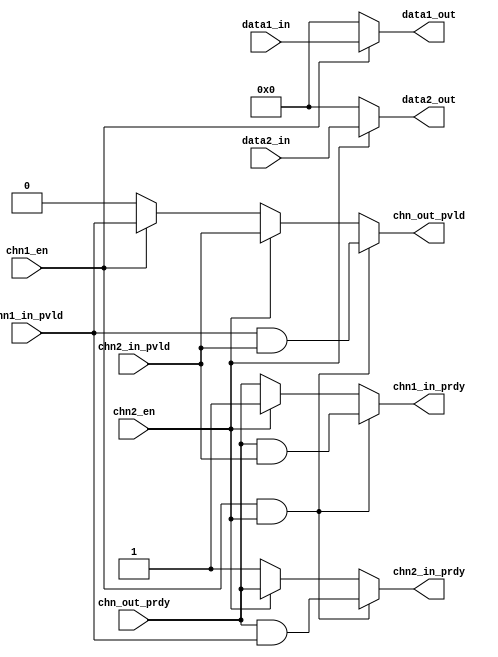
// ================================================================
// NVDLA Open Source Project
//
// Copyright(c) 2016 - 2017 NVIDIA Corporation. Licensed under the
// NVDLA Open Hardware License; Check "LICENSE" which comes with
// this distribution for more information.
// ================================================================
module NV_NVDLA_SDP_HLS_sync2data (
   chn1_en
  ,chn1_in_pvld
  ,chn2_en
  ,chn2_in_pvld
  ,chn_out_prdy
  ,data1_in
  ,data2_in
  ,chn1_in_prdy
  ,chn2_in_prdy
  ,chn_out_pvld
  ,data1_out
  ,data2_out
  );
parameter DATA1_WIDTH = 32;
parameter DATA2_WIDTH = 32;
input chn1_en;
input chn2_en;
input chn1_in_pvld;
output chn1_in_prdy;
input chn2_in_pvld;
output chn2_in_prdy;
output chn_out_pvld;
input chn_out_prdy;
input [DATA1_WIDTH-1:0] data1_in;
input [DATA2_WIDTH-1:0] data2_in;
output [DATA1_WIDTH-1:0] data1_out;
output [DATA2_WIDTH-1:0] data2_out;
// synoff nets
// monitor nets
// debug nets
// tie high nets
// tie low nets
// no connect nets
// not all bits used nets
// todo nets
assign chn_out_pvld = chn1_en & chn2_en ? chn1_in_pvld & chn2_in_pvld : chn2_en ? chn2_in_pvld : chn1_en ? chn1_in_pvld : 1'b0;
assign chn1_in_prdy = chn1_en & chn2_en ? chn_out_prdy & chn2_in_pvld : chn2_en ? 1'b1 : chn_out_prdy ;
assign chn2_in_prdy = chn1_en & chn2_en ? chn_out_prdy & chn1_in_pvld : chn2_en ? chn_out_prdy : 1'b1 ;
assign data1_out[DATA1_WIDTH-1:0] = chn1_en ? data1_in[DATA1_WIDTH-1:0] : {DATA1_WIDTH{1'b0}};
assign data2_out[DATA2_WIDTH-1:0] = chn2_en ? data2_in[DATA2_WIDTH-1:0] : {DATA2_WIDTH{1'b0}};
endmodule // NV_NVDLA_SDP_HLS_sync2data